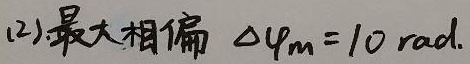
(2). 最大相偏 \(\Delta\varphi_m = 10\text{ rad.}\)